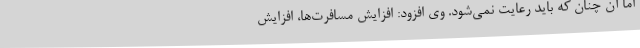
اما آن چنان که باید رعایت نمی‌شود. وی افزود: افزایش مسافرت‌ها، افزایش